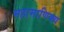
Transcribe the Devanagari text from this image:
महामाणिक्य